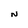
Character: N